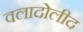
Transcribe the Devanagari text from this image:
वलादोलीद